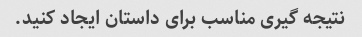
نتیجه گیری مناسب برای داستان ایجاد کنید.